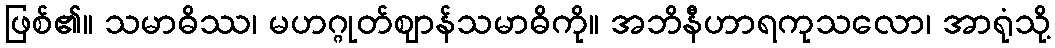
ဖြစ်၏။ သမာဓိဿ၊ မဟဂ္ဂုတ်ဈာန်သမာဓိကို။ အဘိနီဟာရကုသလော၊ အာရုံသို့